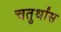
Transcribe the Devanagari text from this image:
चतुर्थांस